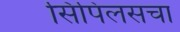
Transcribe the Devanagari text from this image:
सिपिलसचा